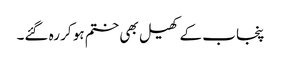
پنجاب کے کھیل بھی ختم ہو کر رہ گئے۔